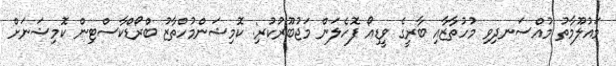
މައުލޫމާތު މުއްސަނދިވި މުހުތާޒާއި ބާރީގެ ވީޑިއޯ ފޮހެލަން މަޖުބޫރުކުރި: ކޮމިޝަންމުހްތާޒު ބްރޯޑްކާސްޓިން ކޮމިޝަނަށް